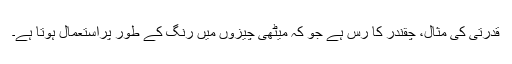
قدرتی کی مثال، چقندر کا رس ہے جو کہ میٹھی چیزوں میں رنگ کے طور پراستعمال ہوتا ہے۔